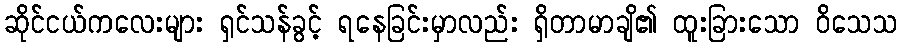
ဆိုင်ငယ်ကလေးများ ရှင်သန်ခွင့် ရနေခြင်းမှာလည်း ရှိတာမာချိ၏ ထူးခြားသော ဝိသေသ